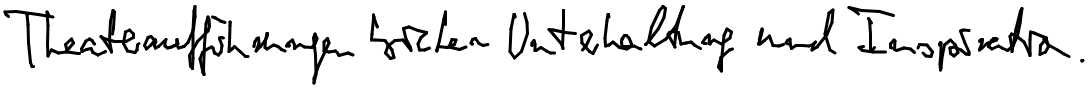
Theateraufführungen bieten Unterhaltung und Inspiration.